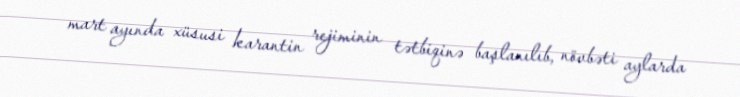
mart ayında xüsusi karantin rejiminin tətbiqinə başlanılıb, növbəti aylarda